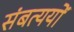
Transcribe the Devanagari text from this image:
संबत्ययों